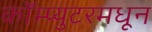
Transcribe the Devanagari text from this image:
कॉम्प्युटरमधून